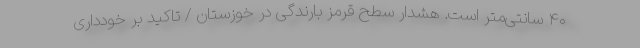
۴۰ سانتی‌متر است. هشدار سطح قرمز بارندگی در خوزستان / تاکید بر خودداری